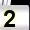
Digit: 2